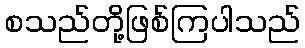
စသည်တို့ဖြစ်ကြပါသည်